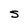
Character: S